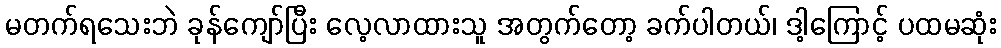
မတက်ရသေးဘဲ ခုန်ကျော်ပြီး လေ့လာထားသူ အတွက်တော့ ခက်ပါတယ်၊ ဒါ့ကြောင့် ပထမဆုံး